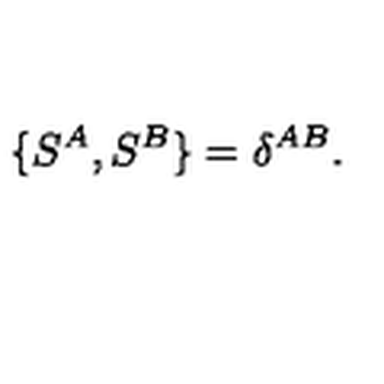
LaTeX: { \{ S ^ { A } , S ^ { B } \} = \delta ^ { A B } . }